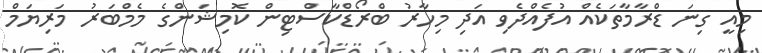
މިއީ ގިނަ ޑްރާމާތަކެއް އުފެއްދެވި އަދި މިހާރު ބްރޯޑްކާސްޓިން ކޮމިޝަންގެ މެމްބަރު މަރިޔަމް